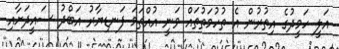
އަލީ ހަމީދުގެ އިތުރުން އެ ތުހުމަތުތައް ވަނީ އުއްތަމަ ފަނޑިޔާރު އަބްދު ސައީދަށާއި